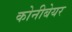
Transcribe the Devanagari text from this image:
कोनीबेयर